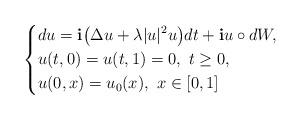
LaTeX: \begin{align*}\left\{\begin{aligned}&du=\mathbf{i}\big{(}\Delta u+\lambda|u|^2u\big{)}dt+\mathbf{i}u\circ dW,\\&u(t,0)=u(t,1)=0,~t\geq0,\\&u(0,x)=u_0(x),~x\in[0,1]\end{aligned}\right.\end{align*}